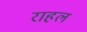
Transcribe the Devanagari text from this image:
राहल